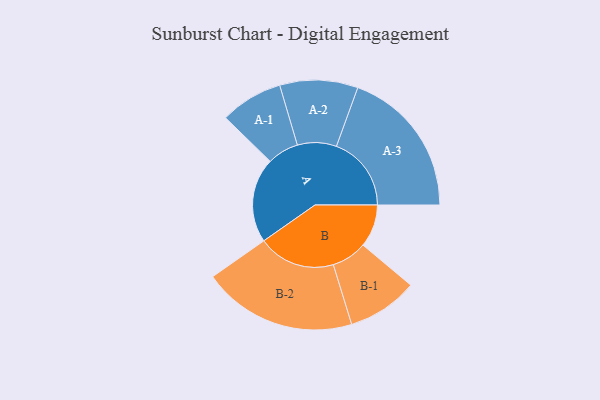
{"axis": {"x": "Segment", "y": "Value"}, "legend": ["", "A", "B"], "data": [{"x": "A", "y": 300, "type": ""}, {"x": "B", "y": 151, "type": ""}, {"x": "A-1", "y": 111, "type": "A"}, {"x": "A-2", "y": 138, "type": "A"}, {"x": "A-3", "y": 265, "type": "A"}, {"x": "B-1", "y": 125, "type": "B"}, {"x": "B-2", "y": 273, "type": "B"}]}